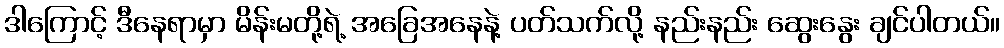
ဒါကြောင့် ဒီနေရာမှာ မိန်းမတို့ရဲ့ အခြေအနေနဲ့ ပတ်သက်လို့ နည်းနည်း ဆွေးနွေး ချင်ပါတယ်။